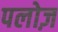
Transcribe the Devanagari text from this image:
पलोज़